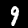
Digit: 9